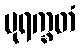
ပုရက္ခတံ